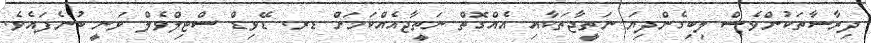
ދިރާސާތަކުންވެސް ލިބިގެންދިޔަ ނަތީޖާތަކާއި އެއްގޮތް ނަތީޖާއެއްކަމަށް ޑރ. ޑޭވިޑް ސްޓިލްވެލް ވަނީ ބުނެފައެވެ.